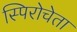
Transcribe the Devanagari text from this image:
स्पिरोचेता